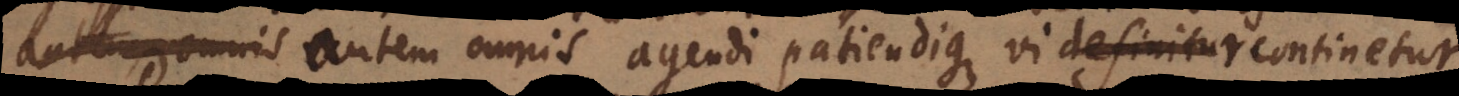
Substantia autem omnis agendi patiendique vi definitur continetur.